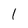
Character: 1